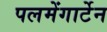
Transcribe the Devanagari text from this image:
पलमेंगार्टेन